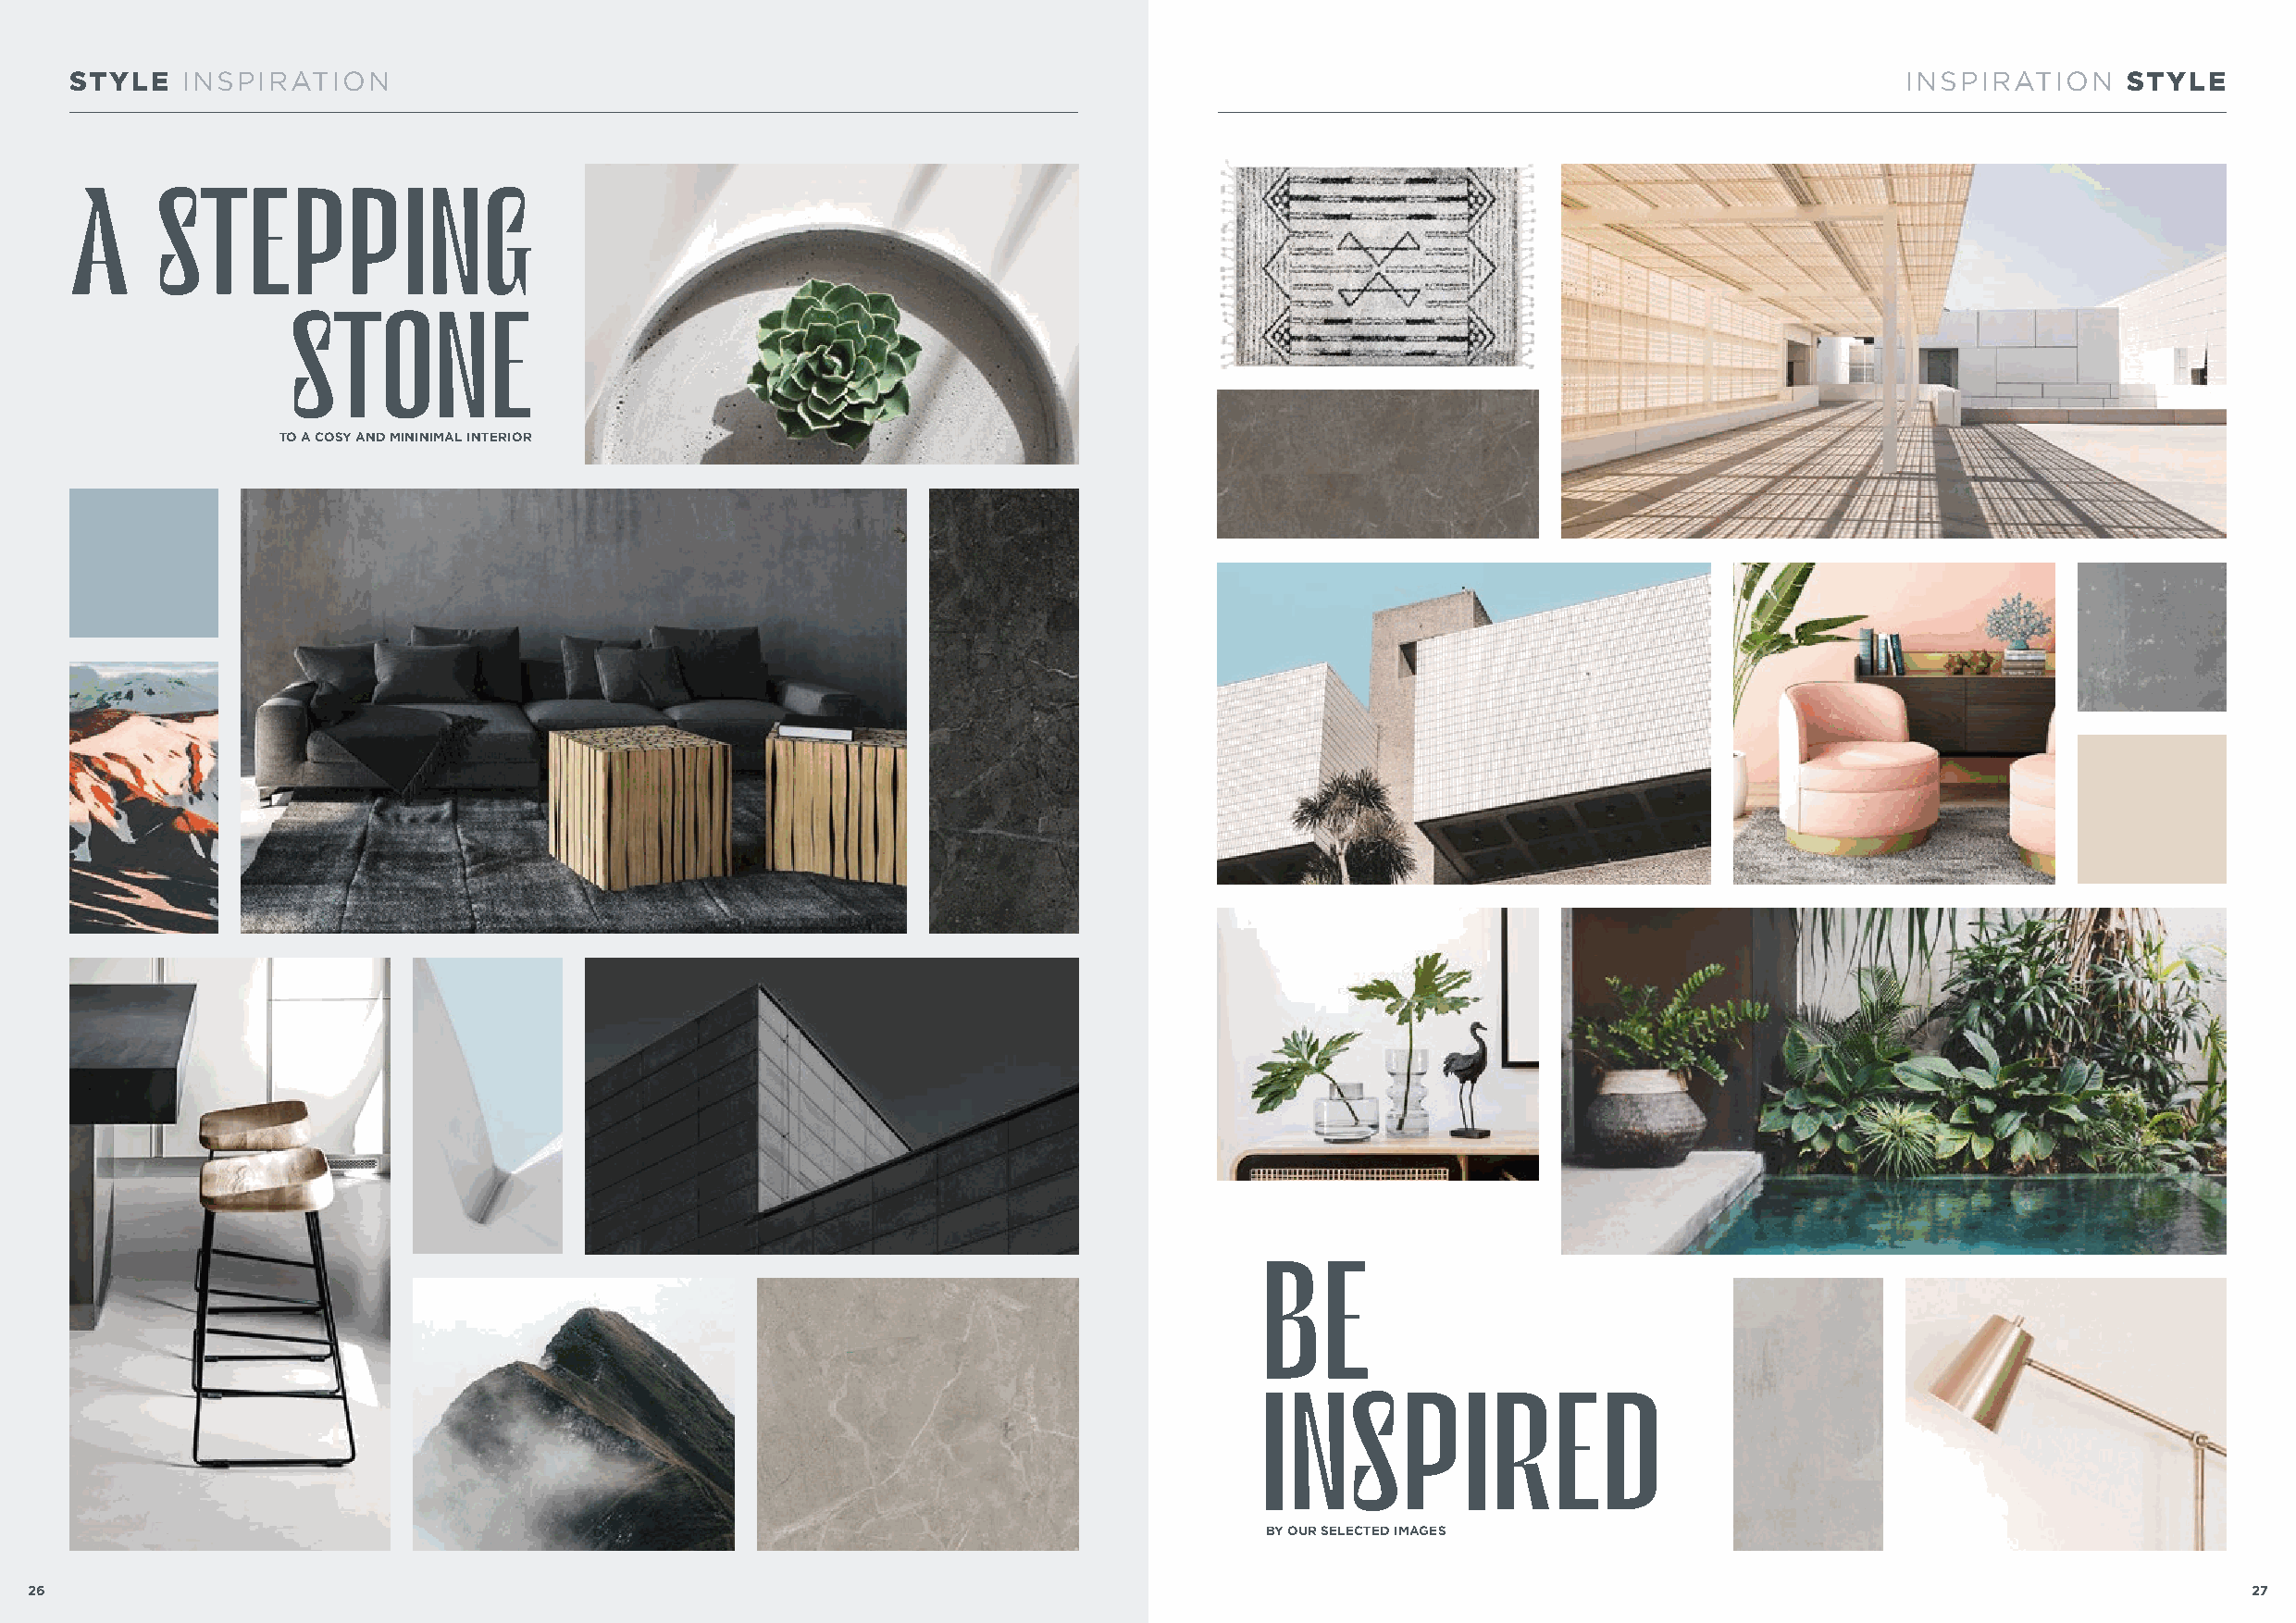
STYLE   INSPIRATION                                                                                                                INSPIRATION     STYLE
 A     STEPPING
 STONE
 TO A COSY AND MININIMAL INTERIOR
 BE
 INSPIRED
 BY OUR SELECTED IMAGES
 26                                                                                                                                                             27